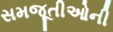
સમજૂતીઓની